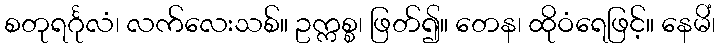
စတုရင်္ဂုလံ၊ လက်လေးသစ်။ ဥက္ကစ္စ၊ ဖြတ်၍။ တေန၊ ထိုဝံရေဖြင့်။ နေမိံ၊